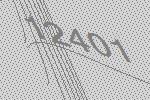
12401